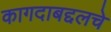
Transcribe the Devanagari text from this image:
कागदाबद्दलचे